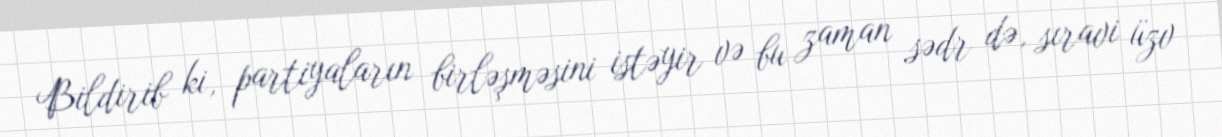
Bildirib ki, partiyaların birləşməsini istəyir və bu zaman sədr də, sıravi üzv